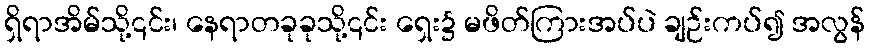
ရှိရာအိမ်သို့၎င်း၊ နေရာတခုခုသို့၎င်း ရှေး၌ မဖိတ်ကြားအပ်ပဲ ချဉ်းကပ်၍ အလွန်